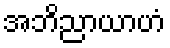
အဘိညာယာဟံ